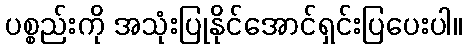
ပစ္စည်းကို အသုံးပြုနိုင်အောင်ရှင်းပြပေးပါ။